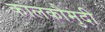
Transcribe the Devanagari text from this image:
कालकौमुदी